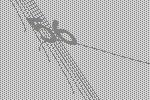
56